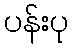
ပန်းပု